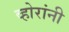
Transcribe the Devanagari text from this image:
व्होरांनी